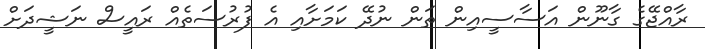
ރާއްޖޭގެ ގާނޫން އަސާސީއިން ތަން ނުދޭ ކަމަށާއި އެ ފުރުސަތެއް ރައީސް ނަޝީދަށް